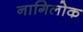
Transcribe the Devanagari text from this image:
नागिलोक